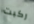
ركبت